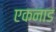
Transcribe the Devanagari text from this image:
एकनाड